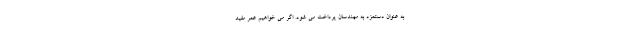
به عنوان دستمزد به مهندسان پرداخت می شود. اگر می خواهیم عمر مفید